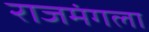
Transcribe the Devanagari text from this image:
राजमंगला